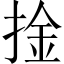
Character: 捦